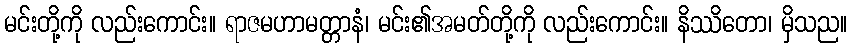
မင်းတို့ကို လည်းကောင်း။ ရာဇမဟာမတ္တာနံ၊ မင်း၏အမတ်တို့ကို လည်းကောင်း။ နိဿိတော၊ မှိသည။